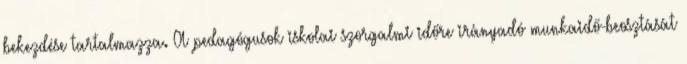
bekezdése tartalmazza. A pedagógusok iskolai szorgalmi időre irányadó munkaidő-beosztását